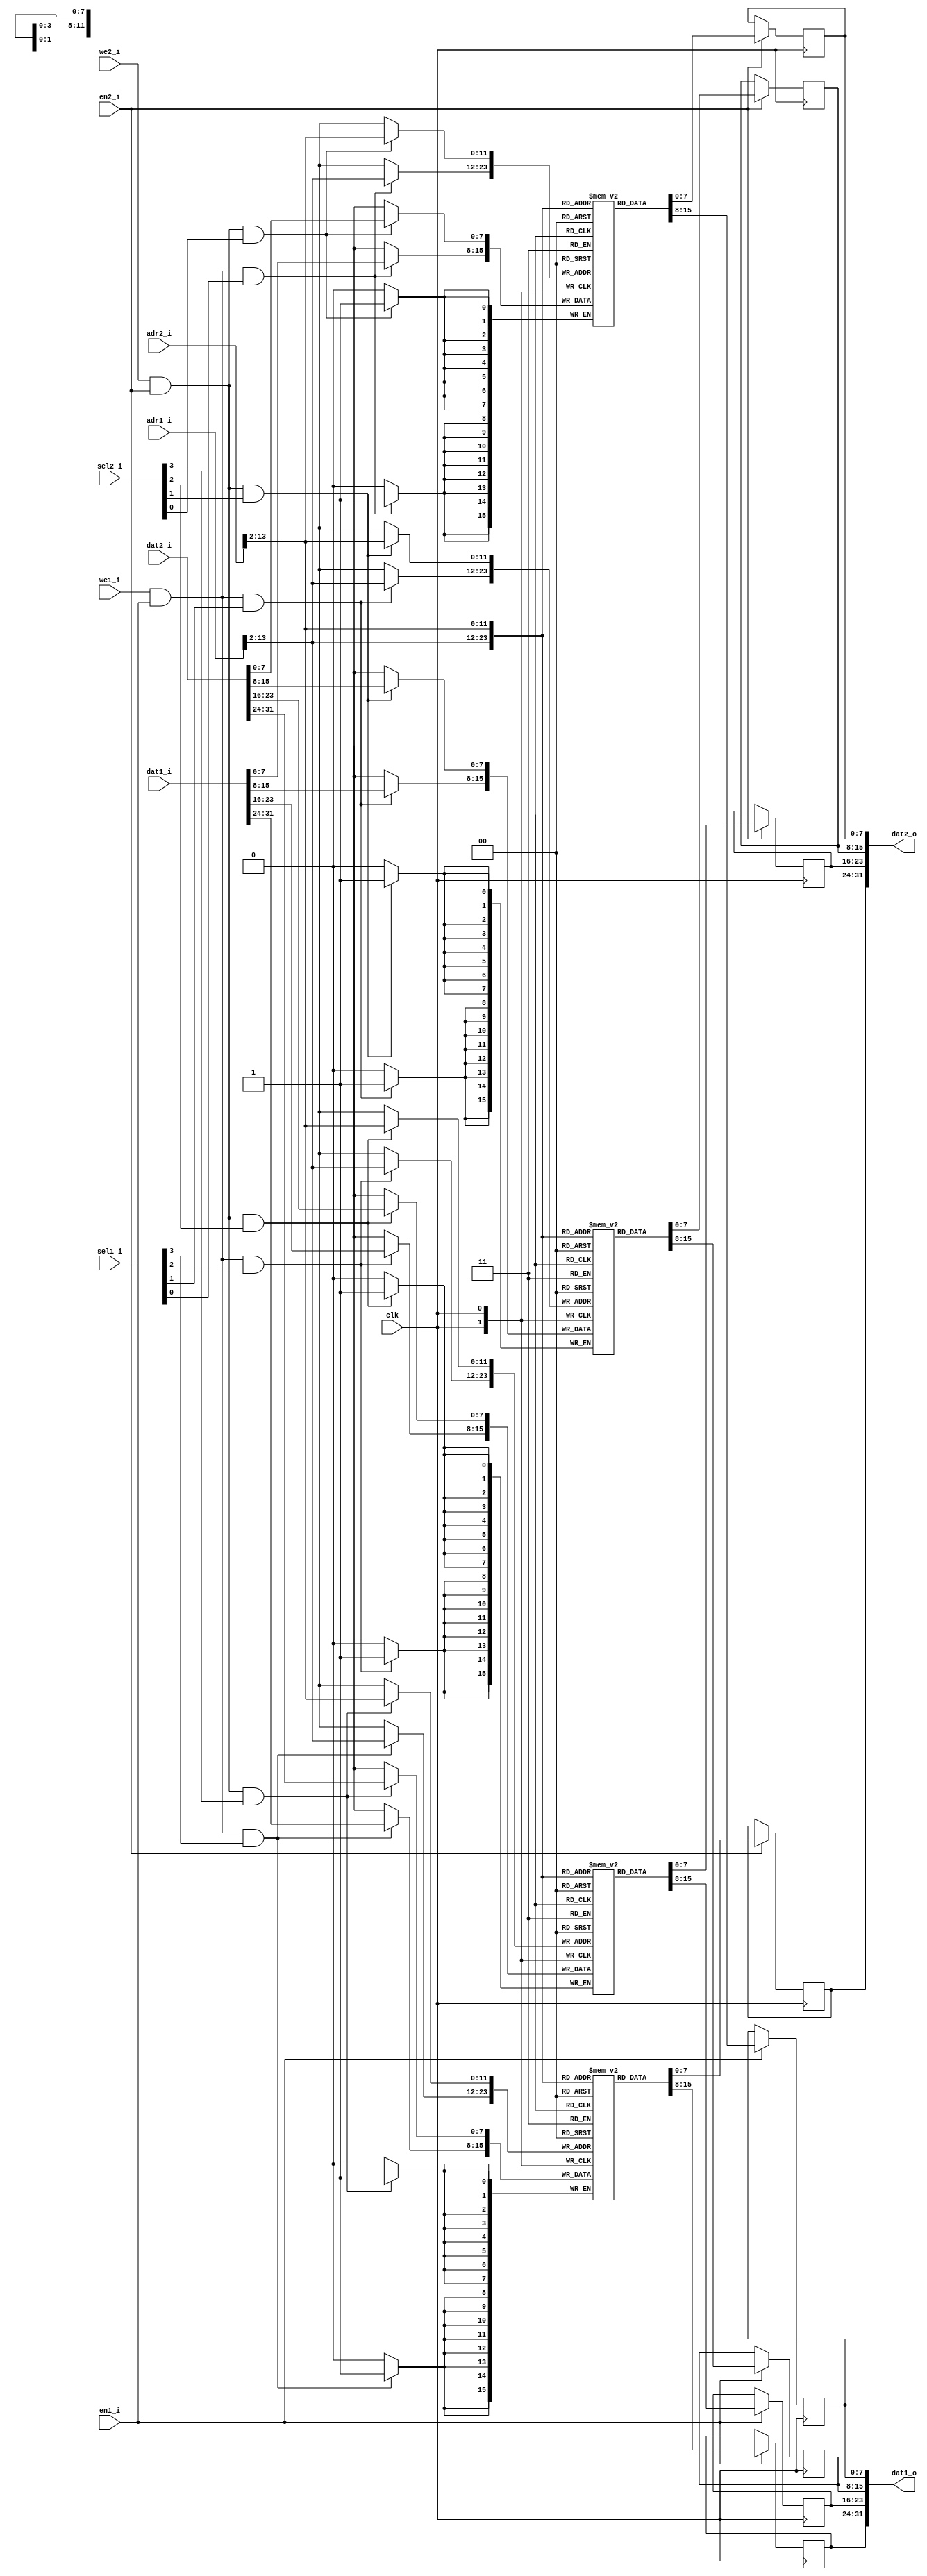

// Dual ported RAM
//    Addresses are byte-oriented, so botton 2 address bits are ignored.
//    AWIDTH of 13 allows you to address 8K bytes.  
//    For Spartan 3, if the total RAM size is not a multiple of 8K then BRAM space is wasted
// RAM_SIZE parameter allows odd-sized RAMs, like 24K

module dpram32 #(parameter AWIDTH=15, 
		 parameter RAM_SIZE=16384)
  (input clk,
   
   input [AWIDTH-1:0] adr1_i,
   input [31:0] dat1_i,
   output reg [31:0] dat1_o,
   input we1_i,
   input en1_i,
   input [3:0] sel1_i,

   input [AWIDTH-1:0] adr2_i,
   input [31:0] dat2_i,
   output reg [31:0] dat2_o,
   input we2_i,
   input en2_i,
   input [3:0] sel2_i );
   
   reg [7:0]   ram0 [0:(RAM_SIZE/4)-1];
   reg [7:0]   ram1 [0:(RAM_SIZE/4)-1];
   reg [7:0]   ram2 [0:(RAM_SIZE/4)-1];
   reg [7:0]   ram3 [0:(RAM_SIZE/4)-1];

   //  This is how we used to size the RAM -->  
   //      reg [7:0]   ram3 [0:(1<<(AWIDTH-2))-1];
   
   // Port 1
   always @(posedge clk)
     if(en1_i) dat1_o[31:24] <= ram3[adr1_i[AWIDTH-1:2]];
   always @(posedge clk)
     if(en1_i) dat1_o[23:16] <= ram2[adr1_i[AWIDTH-1:2]];
   always @(posedge clk)
     if(en1_i) dat1_o[15:8] <= ram1[adr1_i[AWIDTH-1:2]];
   always @(posedge clk)
     if(en1_i) dat1_o[7:0] <= ram0[adr1_i[AWIDTH-1:2]];
   
   always @(posedge clk)
     if(we1_i & en1_i & sel1_i[3])
       ram3[adr1_i[AWIDTH-1:2]] <= dat1_i[31:24];
   always @(posedge clk)
     if(we1_i & en1_i & sel1_i[2])
       ram2[adr1_i[AWIDTH-1:2]] <= dat1_i[23:16];
   always @(posedge clk)
     if(we1_i & en1_i & sel1_i[1])
       ram1[adr1_i[AWIDTH-1:2]] <= dat1_i[15:8];
   always @(posedge clk)
     if(we1_i & en1_i & sel1_i[0])
       ram0[adr1_i[AWIDTH-1:2]] <= dat1_i[7:0];
   
   // Port 2
   always @(posedge clk)
     if(en2_i) dat2_o[31:24] <= ram3[adr2_i[AWIDTH-1:2]];
   always @(posedge clk)
     if(en2_i) dat2_o[23:16] <= ram2[adr2_i[AWIDTH-1:2]];
   always @(posedge clk)
     if(en2_i) dat2_o[15:8] <= ram1[adr2_i[AWIDTH-1:2]];
   always @(posedge clk)
     if(en2_i) dat2_o[7:0] <= ram0[adr2_i[AWIDTH-1:2]];
   
   always @(posedge clk)
     if(we2_i & en2_i & sel2_i[3])
       ram3[adr2_i[AWIDTH-1:2]] <= dat2_i[31:24];
   always @(posedge clk)
     if(we2_i & en2_i & sel2_i[2])
       ram2[adr2_i[AWIDTH-1:2]] <= dat2_i[23:16];
   always @(posedge clk)
     if(we2_i & en2_i & sel2_i[1])
       ram1[adr2_i[AWIDTH-1:2]] <= dat2_i[15:8];
   always @(posedge clk)
     if(we2_i & en2_i & sel2_i[0])
       ram0[adr2_i[AWIDTH-1:2]] <= dat2_i[7:0];
   
endmodule // dpram32